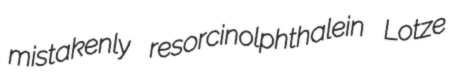
mistakenly resorcinolphthalein Lotze